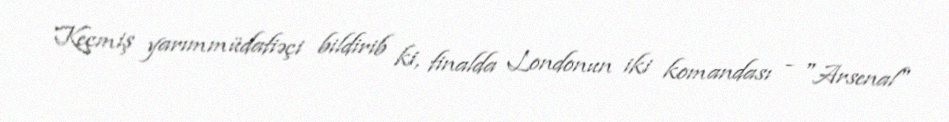
Keçmiş yarımmüdafiəçi bildirib ki, finalda Londonun iki komandası - "Arsenal"